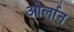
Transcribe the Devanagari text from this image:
ओर्लान